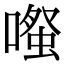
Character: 𫫱